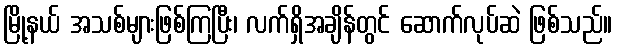
မြို့နယ် အသစ်များဖြစ်ကြပြီး၊ လက်ရှိအချိန်တွင် ဆောက်လုပ်ဆဲ ဖြစ်သည်။